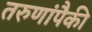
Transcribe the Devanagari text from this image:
तरुणांपैकी